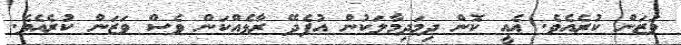
ވަޒަން ކުރެއެވެ. އެއީ ކޮން ދިމަދިމާލަކުން އުފެދޭ ރާޅެއްކަން ވެސް ވަޒަން ކުރެއެވެ.